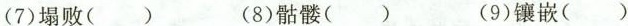
(7)塌败( ) (8)骷髅( ) (9)镶嵌( )